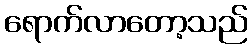
ရောက်လာတော့သည်